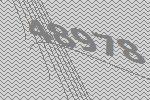
48978